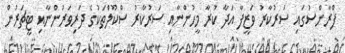
ފްރާންސުގައި ސަރުކާރު ވަޒީފާ އަދާ ކުރާ މީހުންނާއި ސަރުކާރު ސްކޫލްތަކުގެ ދަރިވަރުންނާއި ޓީޗަރުން